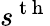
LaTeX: s^{\mathrm{~t~h~}}